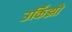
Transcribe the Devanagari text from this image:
उर्किझो